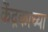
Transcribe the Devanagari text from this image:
केंद्रकाच्या